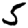
Digit: 5